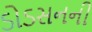
ડોડસનની